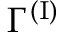
\Gamma ^ { ( \mathrm { I } ) }